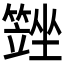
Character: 𡓆